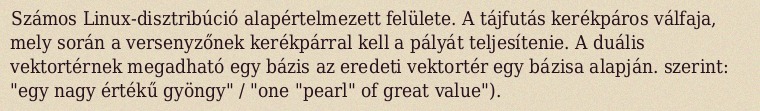
Számos Linux-disztribúció alapértelmezett felülete. A tájfutás kerékpáros válfaja, mely során a versenyzőnek kerékpárral kell a pályát teljesítenie. A duális vektortérnek megadható egy bázis az eredeti vektortér egy bázisa alapján. szerint: "egy nagy értékű gyöngy" / "one "pearl" of great value").